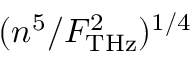
( { n ^ { 5 } / { F _ { \mathrm { { T H z } } } ^ { 2 } } } ) ^ { 1 / 4 }